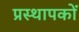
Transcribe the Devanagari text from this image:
प्रस्थापकों